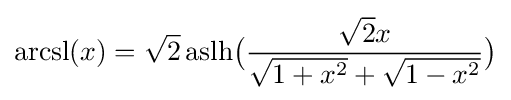
{\text{arcsl}}(x)={\sqrt {2}}\,{\text{aslh}}{\bigl (}{\frac {{\sqrt {2}}x}{{\sqrt {1+x^{2}}}+{\sqrt {1-x^{2}}}}}{\bigr )}